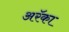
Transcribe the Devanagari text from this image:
अरॅका